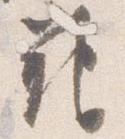
範